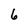
Character: 6